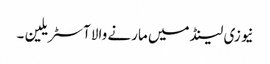
نیوزی لینڈ میں مارنے والا آسٹریلین ۔